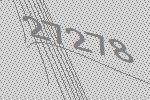
27278